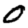
Digit: 0